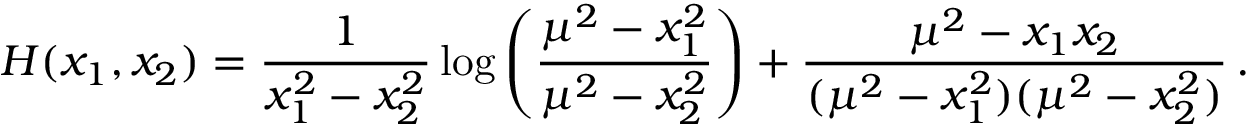
H ( x _ { 1 } , x _ { 2 } ) = \frac { 1 } { x _ { 1 } ^ { 2 } - x _ { 2 } ^ { 2 } } \log \left( \frac { \mu ^ { 2 } - x _ { 1 } ^ { 2 } } { \mu ^ { 2 } - x _ { 2 } ^ { 2 } } \right) + \frac { \mu ^ { 2 } - x _ { 1 } x _ { 2 } } { ( \mu ^ { 2 } - x _ { 1 } ^ { 2 } ) ( \mu ^ { 2 } - x _ { 2 } ^ { 2 } ) } \, .